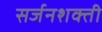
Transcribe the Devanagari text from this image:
सर्जनशक्ती